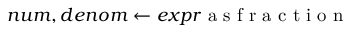
n u m , d e n o m \gets e x p r \mathrm { ~ a ~ s ~ f ~ r ~ a ~ c ~ t ~ i ~ o ~ n ~ }